Statistical return of the lunatic asylum in Assam - 1912-1932
Year: 1912
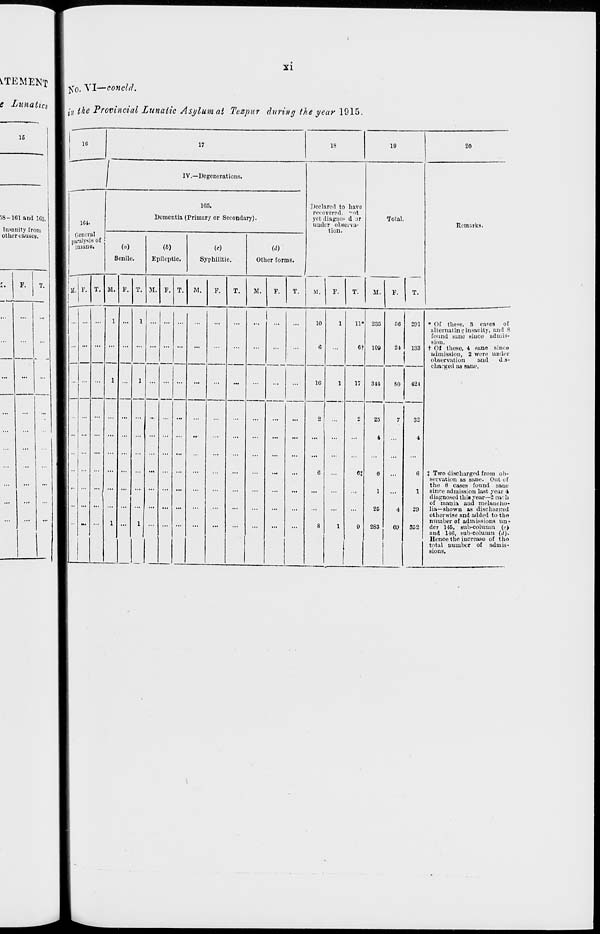
XI
jCo. Xl—concld.
i„ the Provincial lunatic Asylum at Tezpur during the year 1915,
16
17
18
IV.—Degenerations.
IS-101 and 163.
Insanity from
other causes.
164.
General
paralysis of
.11..1110.
105.
Dementia (Primary or Secondary).
M. F. T. ML.
(«)
Senile.
P.
(b)
Epileptic.
(e)
Syphilitic.
w
Other forms.
Declared to have
recovered, "ot
yet diagiio- d or
under observa-
tion.
M.
T.
M.
F.
M.
F.
T.
M.
F.
T.
19
20
Total.
T.
Remarks.
M.
F.
10
10
11*
6t
6J
235
109
344
56
21
80
25
7
4
0
1
...
2D
4
283
6!)
201
133
421
32
* Of these, S cases of
alternating insanity, and 8
found sane since admis-
sion.
t Of these, 4 sane since
admission, 2 were under
observation
and
d.s-
cha.'geil as sane.
t Two discharged from ob-
servation as sane. Out of
the 8 cases found sane
since admission last year 1
diagnosed thi« year—2 each
of mania and melancho-
lia—shown as discharged
otherwise and added to thei
number of admissions un-
der 145, sub-column (<•)
and 146, sub-column (d).
Hence the increase of the
total number of admis-
sions.